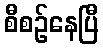
စီစဉ်နေပြီ